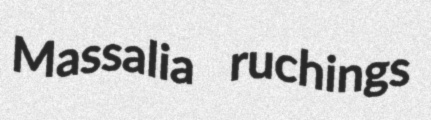
Massalia ruchings